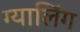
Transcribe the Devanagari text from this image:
ग्यालिंग